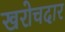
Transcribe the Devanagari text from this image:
खरोचदार